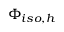
\Phi _ { i s o , h }